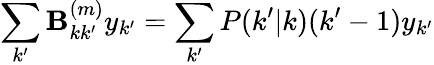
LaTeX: \sum_{k^{\prime}}\textbf{B}_{kk^{\prime}}^{(m)}y_{k^{\prime}}=\sum_{k^{\prime}}P(k^{\prime}|k)(k^{\prime}-1)y_{k^{\prime}}